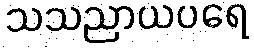
သသညာယပရေ